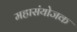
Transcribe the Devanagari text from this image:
महासंयोजक